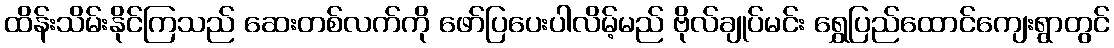
ထိန်းသိမ်းနိုင်ကြသည် ဆေးတစ်လက်ကို ဖော်ပြပေးပါလိမ့်မည် ဗိုလ်ချုပ်မင်း ရွှေပြည်ထောင်ကျေးရွာတွင်